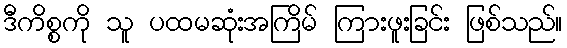
ဒီကိစ္စကို သူ ပထမဆုံးအကြိမ် ကြားဖူးခြင်း ဖြစ်သည်။